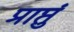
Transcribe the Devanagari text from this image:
प्राप्तुं